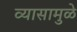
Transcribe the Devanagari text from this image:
व्यासामुळे